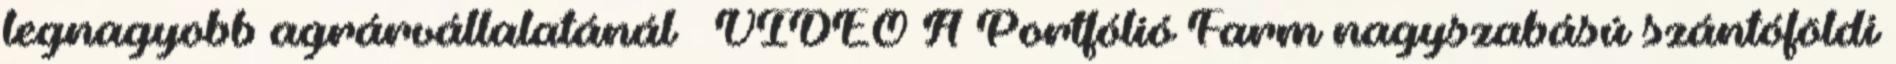
legnagyobb agrárvállalatánál – VIDEÓ A Portfólió Farm nagyszabású szántóföldi